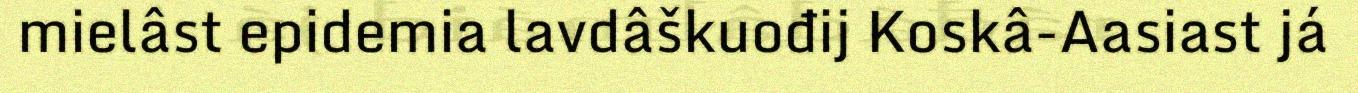
mielâst epidemia lavdâškuođij Koskâ-Aasiast já